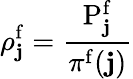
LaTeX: \rho_{\mathbf{j}}^{\mathrm{f}}=\frac{{\mathrm{{P}}_{\mathbf{j}}^{\mathrm{f}}}}{{\pi^{\mathrm{f}}(\mathbf{j})}}